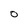
Character: 0